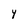
Character: Y